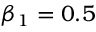
\beta _ { 1 } = 0 . 5